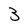
Character: 3